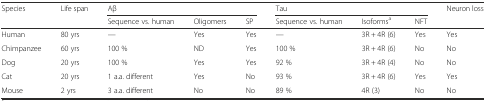
<table><thead><tr><td rowspan="2"><b>Species</b></td><td rowspan="2"><b>Life span</b></td><td colspan="3"><b>Aβ</b></td><td colspan="3"><b>Tau</b></td><td rowspan="2"><b>Neuron loss</b></td></tr><tr><td><b>Sequence vs. human</b></td><td><b>Oligomers</b></td><td><b>SP</b></td><td><b>Sequence vs. human</b></td><td><b>Isoforms<sup>a</sup></b></td><td><b>NFT</b></td></tr></thead><tbody><tr><td>Human</td><td>80 yrs</td><td>—</td><td>Yes</td><td>Yes</td><td>—</td><td>3R + 4R (6)</td><td>Yes</td><td>Yes</td></tr><tr><td>Chimpanzee</td><td>60 yrs</td><td>100 %</td><td>ND</td><td>Yes</td><td>100 %</td><td>3R + 4R (6)</td><td>No</td><td>No</td></tr><tr><td>Dog</td><td>20 yrs</td><td>100 %</td><td>Yes</td><td>Yes</td><td>92 %</td><td>3R + 4R (4)</td><td>No</td><td>No</td></tr><tr><td>Cat</td><td>20 yrs</td><td>1 a.a. different</td><td>Yes</td><td>No</td><td>93 %</td><td>3R + 4R (6)</td><td>Yes</td><td>Yes</td></tr><tr><td>Mouse</td><td>2 yrs</td><td>3 a.a. different</td><td>No</td><td>No</td><td>89 %</td><td>4R (3)</td><td>No</td><td>No</td></tr></tbody></table>